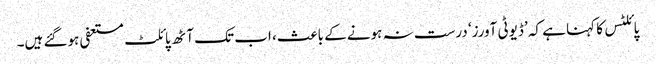
پائلٹس کا کہنا ہے کہ ’ڈیوٹی آورز‘ درست نہ ہونے کے باعث، اب تک آٹھ پائلٹ مستعفی ہوگئے ہیں۔